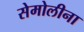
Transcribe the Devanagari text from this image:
सेमोलीना